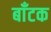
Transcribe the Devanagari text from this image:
बाँटक